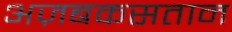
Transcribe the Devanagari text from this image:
अज़बकसतान